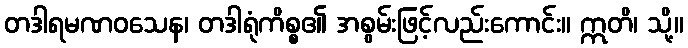
တဒါရမဏဝသေန၊ တဒါရုံကိစ္စ၏ အစွမ်းဖြင့်လည်းကောင်း။ ဣတိ၊ သို့။